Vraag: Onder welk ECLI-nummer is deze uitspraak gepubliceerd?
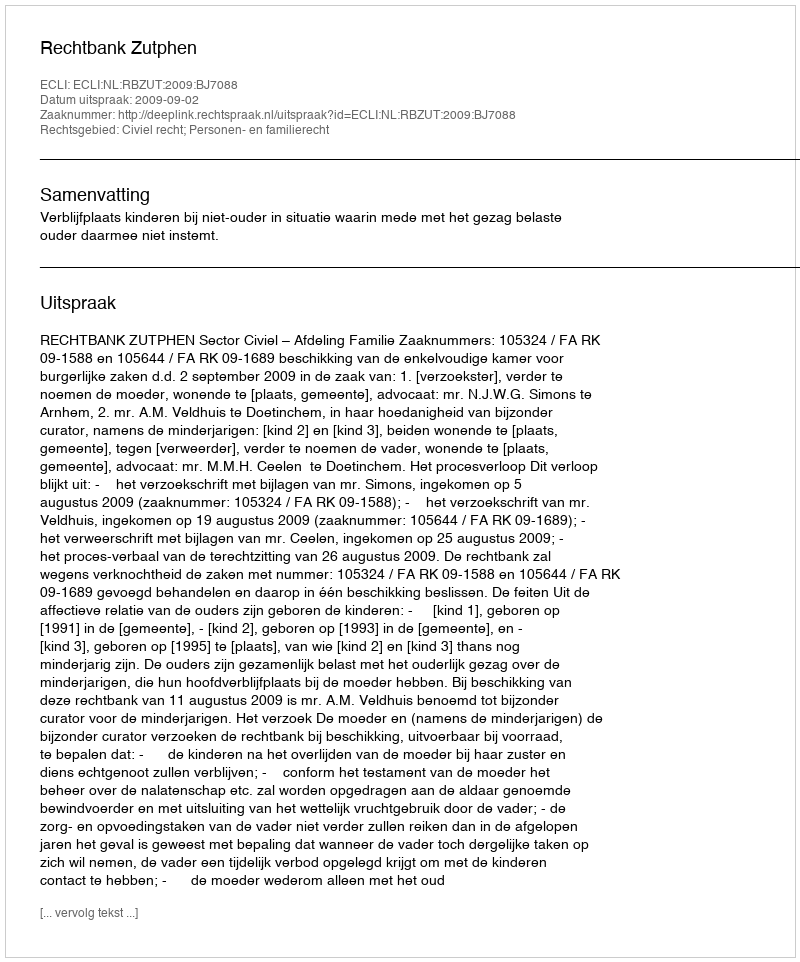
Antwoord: ECLI:NL:RBZUT:2009:BJ7088